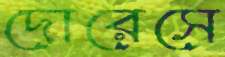
দোরেসে